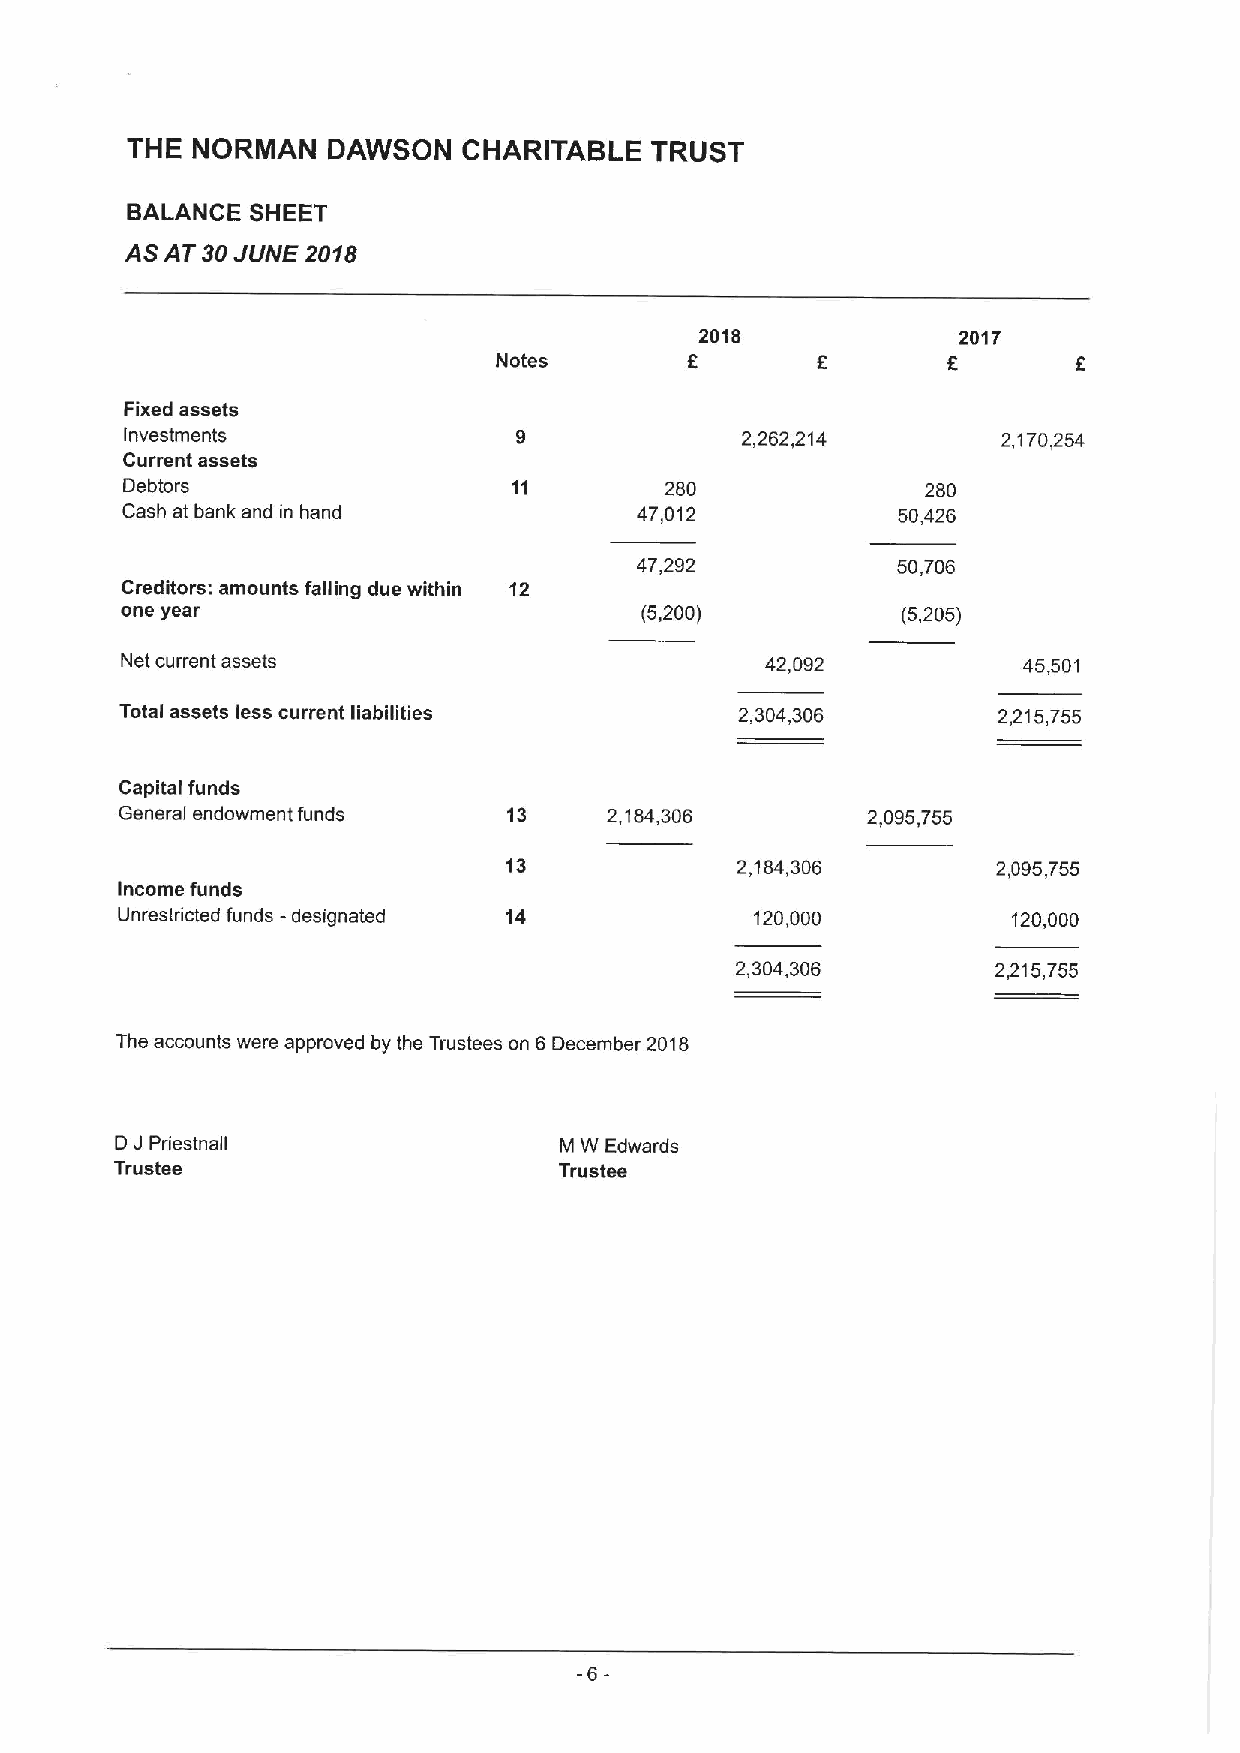
THE  NORMAN   DAWSON   CHARITABLE  TRUST
 BALANCE  SHEET
 ASAT30 JVNE2018
 2018             2017
 Notes                         6
 Fixed assets
 investments                              2,262,214        2,170,254
 Current assets
 Debtors                             280              280
 Cash at bank and in hand          47,012           50,426
 47,292           50,706
 Creditors: amounts falling due within 12
 one year                          (5,200)           (5,205)
 Net current assets                         42,092           45,501
 Total assets less current liabilities    2,304,306        2,215,755
 Capital funds
 General endowment funds   13    2,184,306        2,095,755
 13             2,184,306        2,095,755
 Income funds
 Unrestricted funds -designated 14         120,000          120,000
 2,304,306        2215,755
 The accounts were approved by the Trustees on 6December 2018
 D JPriestnall                M W Edwards
 Trustee                      Trustee